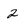
Character: 2